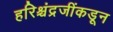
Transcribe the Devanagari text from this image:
हरिश्चंद्रजींकडून